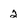
Character: 2